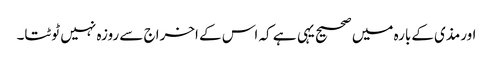
اورمذی کےبارہ میں صحیح یہی ہے کہ اس کے اخراج سے روزہ نہیں ٹوٹتا۔